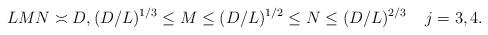
LaTeX: \begin{align*}LMN\asymp D,(D/L)^{1/3}\le M\le (D/L)^{1/2}\le N\le (D/L)^{2/3} \;\;\;\;j=3, 4.\end{align*}